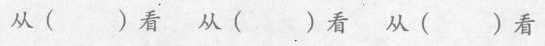
从( )看 从( )看 从( )看